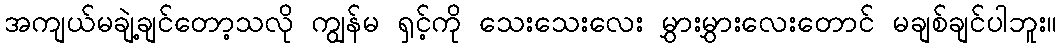
အကျယ်မချဲ့ချင်တော့သလို ကျွန်မ ရှင့်ကို သေးသေးလေး မွှားမွှားလေးတောင် မချစ်ချင်ပါဘူး။